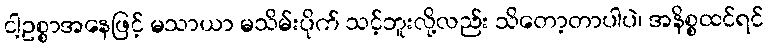
ငါ့ဥစ္စာအနေဖြင့် မသာယာ မသိမ်းပိုက် သင့်ဘူးလို့လည်း သိတော့တာပါပဲ၊ အနိစ္စထင်ရင်